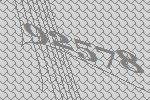
92578